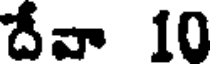
దేవా 10